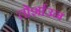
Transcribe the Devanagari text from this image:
तोर्शाउन